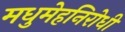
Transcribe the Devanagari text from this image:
मधुमेहनिरोधी